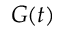
G ( t )